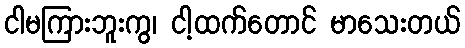
ငါမကြားဘူးကွ၊ ငါ့ထက်တောင် မာသေးတယ်